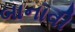
બાનાવી